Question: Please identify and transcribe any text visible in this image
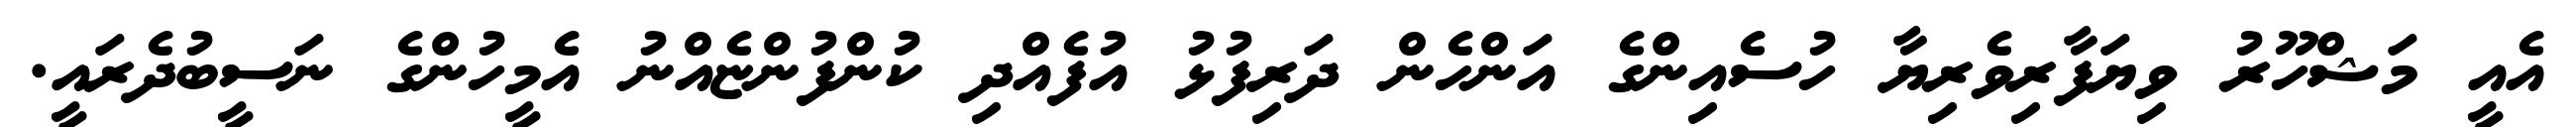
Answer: އެއީ މަޝްހޫރު ވިޔަފާރިވެރިޔާ ހުސެއިންގެ އަންހެން ދަރިފުޅު އުފެއްދި ކުންފުންޏެއްނު އެމީހުންގެ ނަސީބުދެރައީ.